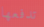
تدفعها